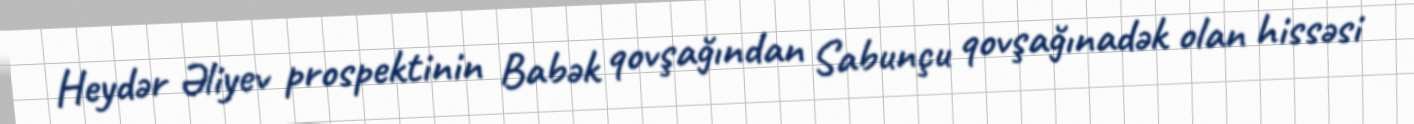
Heydər Əliyev prospektinin Babək qovşağından Sabunçu qovşağınadək olan hissəsi